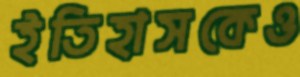
ইতিহাসকেও